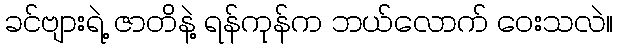
ခင်ဗျားရဲ့ ဇာတိနဲ့ ရန်ကုန်က ဘယ်လောက် ဝေးသလဲ။